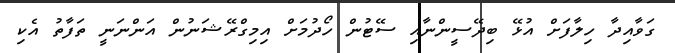
ގަވާއިދާ ހިލާފަށް އުޅޭ ބިދޭސީންނާއި ސޭޓުން ހޯދުމަށް އިމިގްރޭޝަނުން އަންނަނީ ތަފާތު އެކި